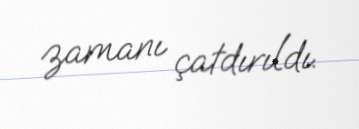
zamanı çatdırıldı.